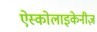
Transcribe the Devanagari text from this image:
ऐस्कोलाइकेनीज़